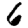
Digit: 6